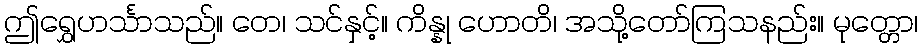
ဤရွှေဟင်္သာသည်။ တေ၊ သင်နှင့်။ ကိန္နု ဟောတိ၊ အသို့တော်ကြသနည်း။ မုတ္တော၊